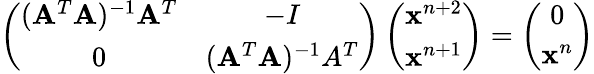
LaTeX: \left(\begin{array}{cc}{(\mathbf{A}^{T}\mathbf{A})^{-1}\mathbf{A}^{T}}&{-I}\\ {0}&{(\mathbf{A}^{T}\mathbf{A})^{-1}A^{T}}\end{array}\right)\left(\begin{array}{c}{\mathbf{x}^{n+2}}\\ {\mathbf{x}^{n+1}}\end{array}\right)=\left(\begin{array}{c}{0}\\ {\mathbf{x}^{n}}\end{array}\right)